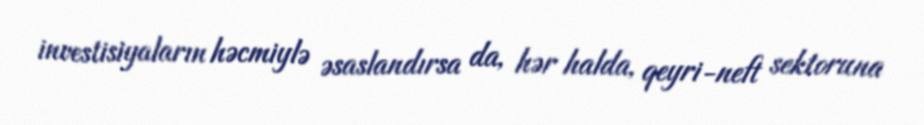
investisiyaların həcmiylə əsaslandırsa da, hər halda, qeyri-neft sektoruna